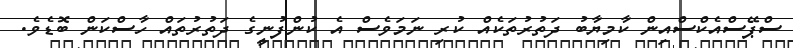
ސްޕޭސްއެކްސްއިން ކާމިޔާބު ދަތުރުތަކެއް ކުރި ނަމަވެސް އެ ކުންފުނީގެ ދަތުރުތައް ހާސްކަން ބޮޑެވެ.